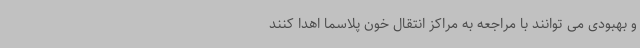
و بهبودی می توانند با مراجعه به مراکز انتقال خون پلاسما اهدا کنند